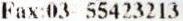
FAX:03- 55423213